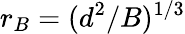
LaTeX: r_{B}=(d^{2}/B)^{1/3}